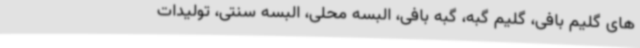
های گلیم بافی، گلیم گبه، گبه بافی، البسه محلی، البسه سنتی، تولیدات